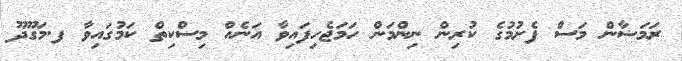
ރަމަޟާން މަސް ފެށުމުގެ ކުރިން ނިންމަން ހަމަޖެހިފައިވާ އަނެއް މިސްކިތް ކަމުގައިވާ ފ.މަގޫދޫ